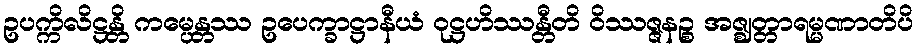
ဥပက္ကိလိဋ္ဌန္တိ ကမ္ပေန္တဿ ဥပေက္ခာဋ္ဌာနီယံ ဝုဋ္ဌဟိဿန္တီတိ ဝိဿဇ္ဇနဉ္စ အဇ္ဈတ္တာရမ္မဏာတိပိ